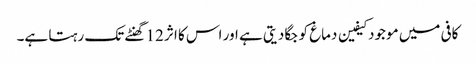
کافی میں موجود کیفین دماغ کو جگا دیتی ہے اور اس کا اثر 12 گھنٹے تک رہتا ہے۔